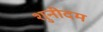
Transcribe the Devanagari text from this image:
शुनीदम